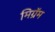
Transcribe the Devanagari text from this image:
मिग्रॅम